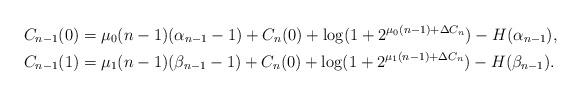
LaTeX: \begin{align*}C_{n-1}(0)&=\mu_0(n-1)(\alpha_{n-1}-1)+C_n(0)+\log(1+2^{\mu_0(n-1)+\Delta{C}_n})-H(\alpha_{n-1}),\\~C_{n-1}(1)&=\mu_1(n-1)(\beta_{n-1}-1)+{C}_n(0)+\log(1+2^{\mu_1(n-1)+\Delta{C}_n})-H(\beta_{n-1}).\end{align*}